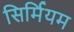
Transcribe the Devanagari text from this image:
सिर्मियम